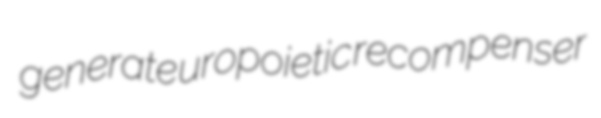
generate uropoietic recompenser